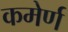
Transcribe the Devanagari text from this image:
कमेर्ण